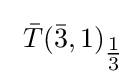
\ {\bar {T}}({\bar {3}},1)_{\tfrac {1}{3}}